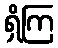
ရှိကြ